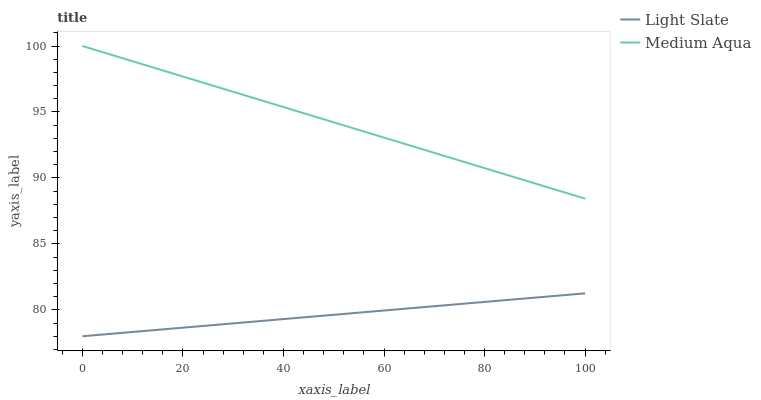
| xaxis_label | Light Slate | Medium Aqua |
 | --- | --- | --- |
 | 0 | 78 | 100 |
 | 7.14 | 78.2 | 99.2 |
 | 14.3 | 78.5 | 98.3 |
 | 21.4 | 78.7 | 97.5 |
 | 28.6 | 78.9 | 96.7 |
 | 35.7 | 79.2 | 95.9 |
 | 42.9 | 79.4 | 95 |
 | 50 | 79.6 | 94.2 |
 | 57.1 | 79.9 | 93.4 |
 | 64.3 | 80.1 | 92.6 |
 | 71.4 | 80.3 | 91.7 |
 | 78.6 | 80.6 | 90.9 |
 | 85.7 | 80.8 | 90.1 |
 | 92.9 | 81 | 89.3 |
 | 100 | 81.3 | 88.4 |